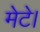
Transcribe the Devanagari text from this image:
मेटे।